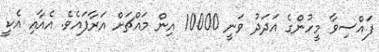
ފައްސިވާ މީހުންގެ އަދަދު ވަނީ 10000 އިން މައްޗަށް އަރާފައެވެ. އެއާއި އެކީ